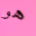
هو